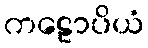
ကဠောပိယံ